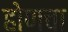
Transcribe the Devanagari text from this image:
होणचा